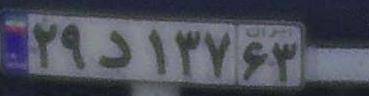
۲۹د۱۳۷۶۳